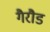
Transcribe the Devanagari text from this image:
गैरौड